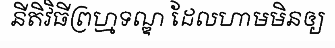
នីតិវិធីព្រហ្មទណ្ឌ ដែលហាមមិនឲ្យ